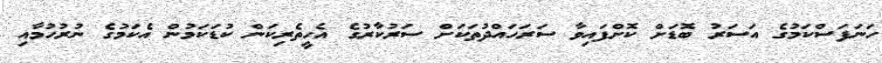
ހަނަފަސްކަމުގެ އަސަރު ބޮޑަށް ކޮށްފައިވާ ސަރަހައްދުތަކަށް ސަރުކާރުގެ އެހީތެރިކަން ކުޑަކަމުން އެކަމުގެ ނުރުހުމާއި